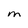
Character: M